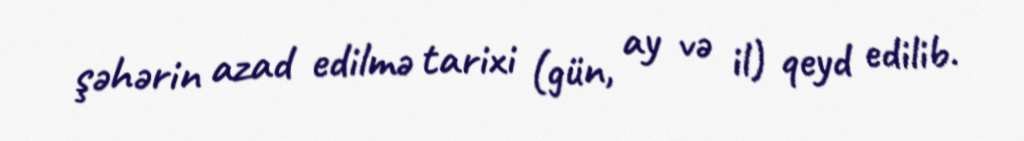
şəhərin azad edilmə tarixi (gün, ay və il) qeyd edilib.